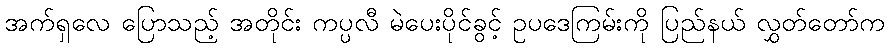
အက်ရှလေ ပြောသည့် အတိုင်း ကပ္ပလီ မဲပေးပိုင်ခွင့် ဥပဒေကြမ်းကို ပြည်နယ် လွှတ်တော်က